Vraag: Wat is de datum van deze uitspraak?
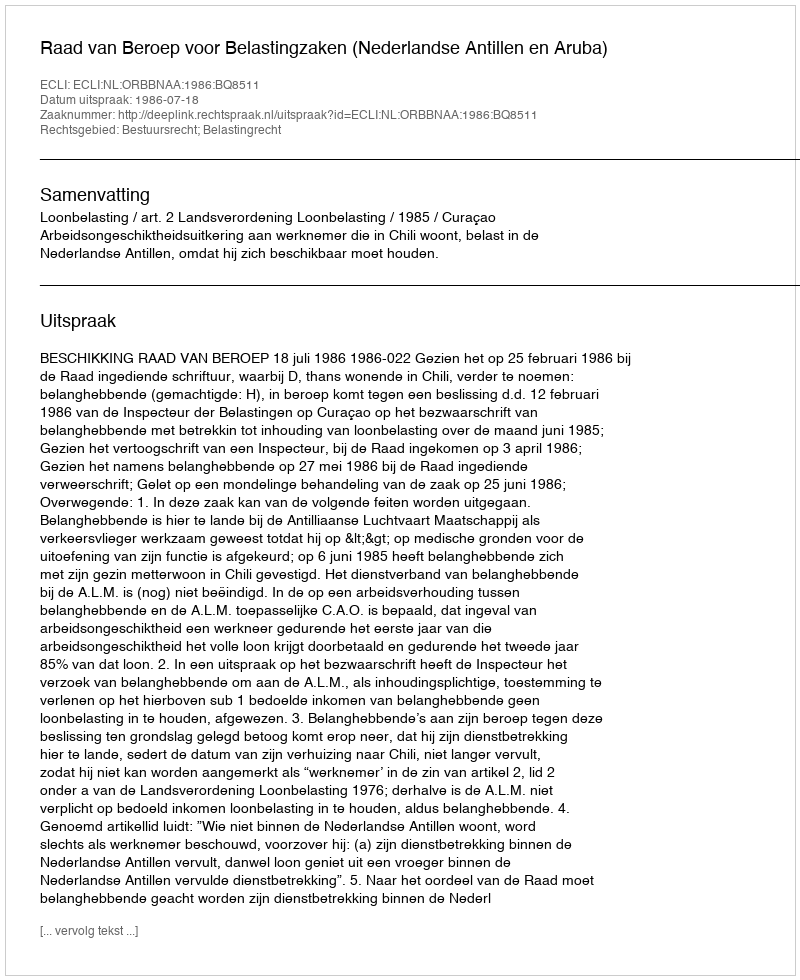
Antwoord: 1986-07-18